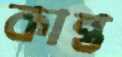
কান্ত